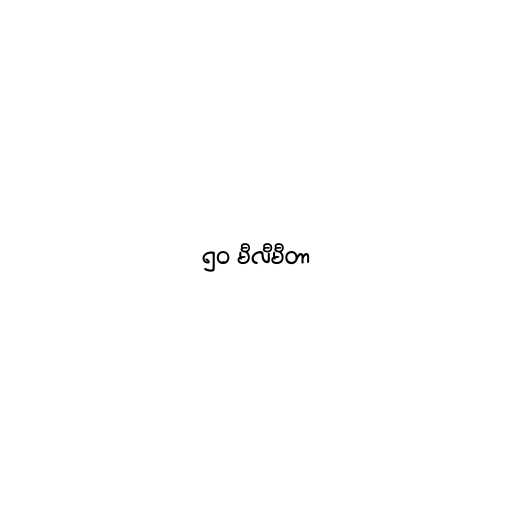
၅၀ မီလီမီတာ